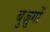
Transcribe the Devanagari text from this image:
बुज़ुगों